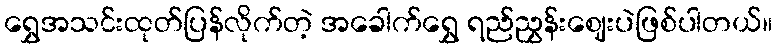
ရွှေအသင်းထုတ်ပြန်လိုက်တဲ့ အခေါက်ရွှေ ရည်ညွှန်းဈေးပဲဖြစ်ပါတယ်။